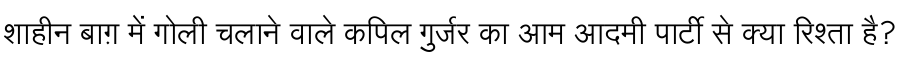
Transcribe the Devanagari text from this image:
शाहीन बाग़ में गोली चलाने वाले कपिल गुर्जर का आम आदमी पार्टी से क्या रिश्ता है?